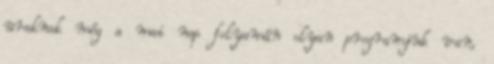
uraknak még a mai nap folyamán olyan programjuk van,